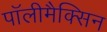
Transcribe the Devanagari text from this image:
पॉलीमैक्सिन